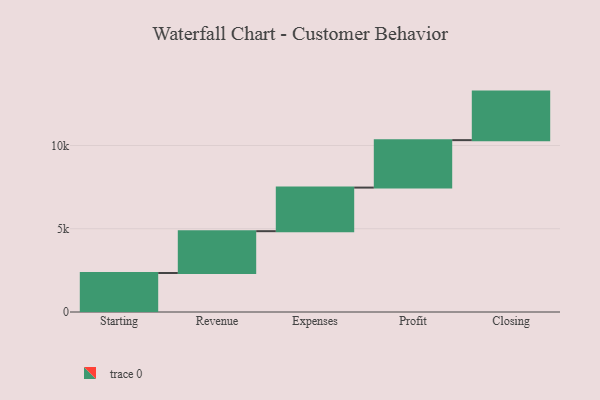
{"axis": {"x": "Step", "y": "Value"}, "legend": [""], "data": [{"x": "Starting", "y": 2343.0, "type": ""}, {"x": "Revenue", "y": 2512.0, "type": ""}, {"x": "Expenses", "y": 2618.0, "type": ""}, {"x": "Profit", "y": 2850.0, "type": ""}, {"x": "Closing", "y": 2916.0, "type": ""}]}